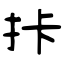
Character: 拤